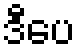
ဒီပေ